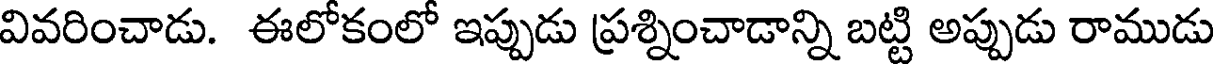
వివరించాడు. ఈలోకంలో ఇప్పుడు ప్రశ్నించాడాన్ని బట్టి అప్పుడు రాముడు